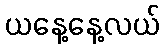
ယနေ့နေ့လယ်